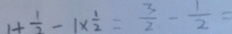
1 + \frac { 1 } { 2 } - 1 \times \frac { 1 } { 2 } = \frac { 3 } { 2 } - \frac { 1 } { 2 } =